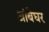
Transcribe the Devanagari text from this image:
आंबेघर